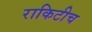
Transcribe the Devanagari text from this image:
राकिटीच